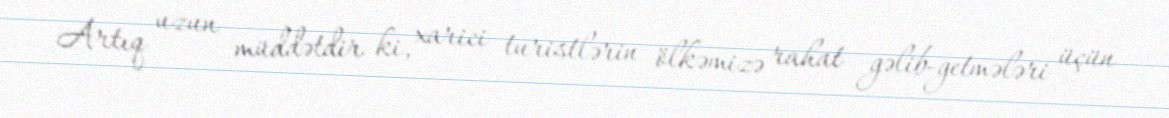
Artıq uzun müddətdir ki, xarici turistlərin ölkəmizə rahat gəlib-getmələri üçün